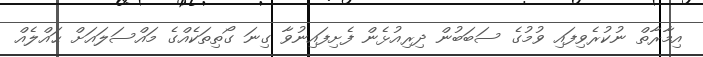
އިމާރާތް ނުކުރެވިފައި ވުމުގެ ސަބަބުން ދިރިއުޅެން ފެށިފައިނުވާ ގިނަ ގޯތިތަކެއްގެ މައްސަލައަށް ޙައްލެއް